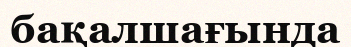
бақалшағында